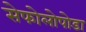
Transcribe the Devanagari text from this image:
सेफोलोपोडा